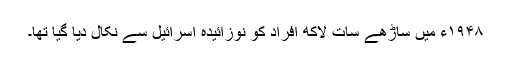
۱۹۴۸ء میں ساڑھے سات لاکھ افراد کو نوزائیدہ اسرائیل سے نکال دیا گیا تھا۔